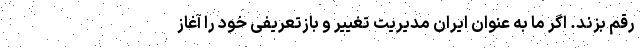
رقم بزند. اگر ما به عنوان ایران مدیریت تغییر و بازتعریفی خود را آغاز